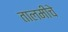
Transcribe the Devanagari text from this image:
तालमीचे